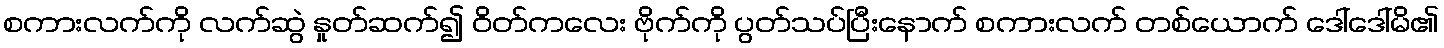
စကားလက်ကို လက်ဆွဲ နှုတ်ဆက်၍ ဝိတ်ကလေး ဗိုက်ကို ပွတ်သပ်ပြီးနောက် စကားလက် တစ်ယောက် ဒေါ်ဒေါ်မိ၏